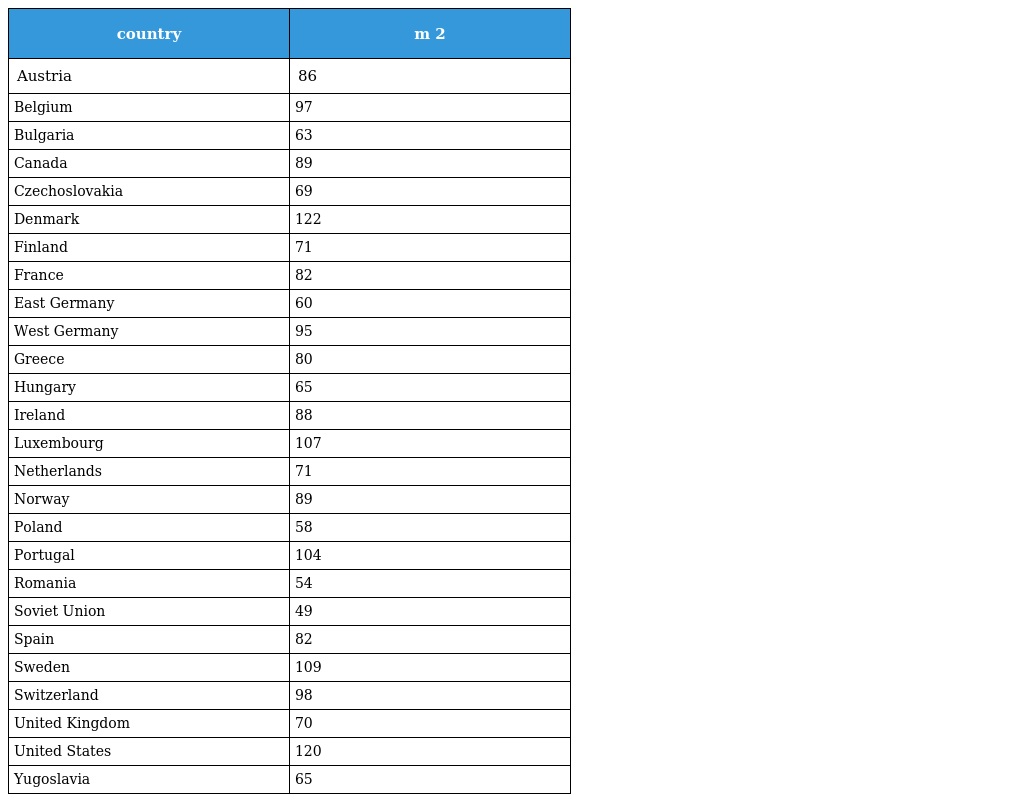
| country | m 2 |
 | --- | --- |
 | Austria | 86 |
 | Belgium | 97 |
 | Bulgaria | 63 |
 | Canada | 89 |
 | Czechoslovakia | 69 |
 | Denmark | 122 |
 | Finland | 71 |
 | France | 82 |
 | East Germany | 60 |
 | West Germany | 95 |
 | Greece | 80 |
 | Hungary | 65 |
 | Ireland | 88 |
 | Luxembourg | 107 |
 | Netherlands | 71 |
 | Norway | 89 |
 | Poland | 58 |
 | Portugal | 104 |
 | Romania | 54 |
 | Soviet Union | 49 |
 | Spain | 82 |
 | Sweden | 109 |
 | Switzerland | 98 |
 | United Kingdom | 70 |
 | United States | 120 |
 | Yugoslavia | 65 |